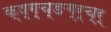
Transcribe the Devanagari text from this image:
क्ष्ग़्च्ङग्र्च्र्